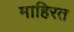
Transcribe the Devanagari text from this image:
माहिरत